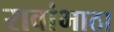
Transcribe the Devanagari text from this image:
रावांभाठा